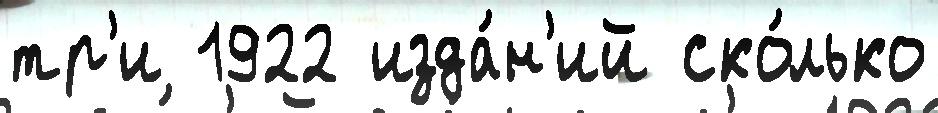
тр'и 1922 изда́н'ий ско́лько